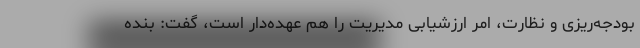
بودجه‌ریزی و نظارت، امر ارزشیابی مدیریت را هم عهده‌دار است، گفت: بنده